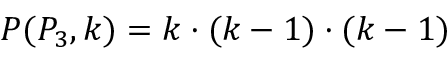
P ( P _ { 3 } , k ) = k \cdot ( k - 1 ) \cdot ( k - 1 )